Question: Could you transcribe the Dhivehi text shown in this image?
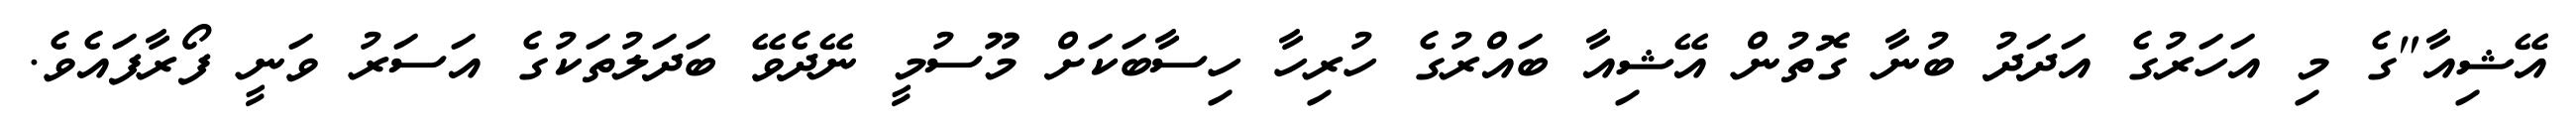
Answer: އޭޝިއާ"ގެ މި އަހަރުގެ އަދަދު ބުނާ ގޮތުން އޭޝިއާ ބައްރުގެ ހުރިހާ ހިސާބަކަށް މޫސުމީ ނޭދެވޭ ބަދަލުތަކުގެ އަސަރު ވަނީ ފޯރާފައެވެ.